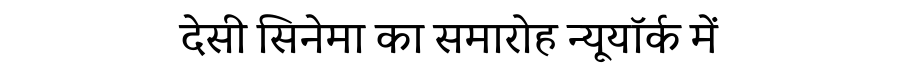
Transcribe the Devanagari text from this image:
देसी सिनेमा का समारोह न्यूयॉर्क में